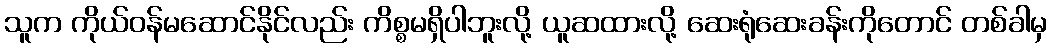
သူက ကိုယ်ဝန်မဆောင်နိုင်လည်း ကိစ္စမရှိပါဘူးလို့ ယူဆထားလို့ ဆေးရုံဆေးခန်းကိုတောင် တစ်ခါမှ